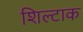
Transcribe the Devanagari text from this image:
शिल्टाक